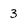
Character: 3